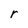
Character: r